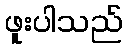
ဖူးပါသည်